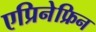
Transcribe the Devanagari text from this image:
एप्रिनेफ्रिन